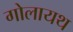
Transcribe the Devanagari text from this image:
गोलायथ